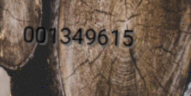
001349615